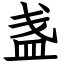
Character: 盏